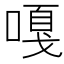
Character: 嘎